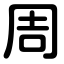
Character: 周